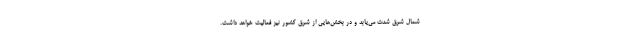
شمال شرق شدت می‌یابد و در بخش‌هایی از شرق کشور نیز فعالیت خواهد داشت.